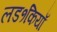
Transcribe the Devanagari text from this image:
लड१कियाँ